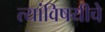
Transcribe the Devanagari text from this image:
त्यांविषयीचे